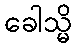
ခေါသ္မိ